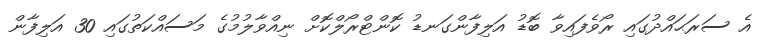
އެ ސަރަޙައްދުގައި ރޯވެފައިވާ ބޮޑު އަލިފާންގަނޑު ކޮންޓްރޯލްކޮށް ނިއްވާލުމުގެ މަސައްކަތުގައި 30 އަލިފާން